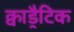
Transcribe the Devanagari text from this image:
क्वाड्रैटिक